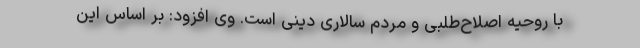
با روحیه اصلاح‌طلبی و مردم سالاری دینی است. وی افزود: بر اساس این